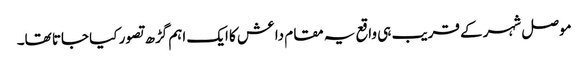
موصل شہر کے قریب ہی واقع یہ مقام داعش کا ایک اہم گڑھ تصور کیا جاتا تھا۔